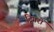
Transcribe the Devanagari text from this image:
ट्रिगरों